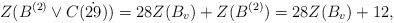
LaTeX: \begin{align*} Z( B^{(2)} \vee C(\dot{29}))=28Z(B_v)+Z(B^{(2)})=28Z(B_v)+12, \end{align*}